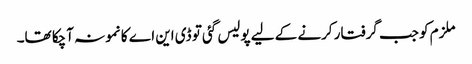
ملزم کو جب گرفتار کرنے کے لیے پولیس گئی تو ڈی این اے کا نمونہ آچکا تھا۔